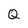
Character: Q